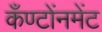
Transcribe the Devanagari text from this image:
कँण्टोंनमेंट